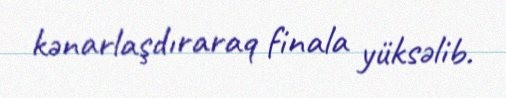
kənarlaşdıraraq finala yüksəlib.